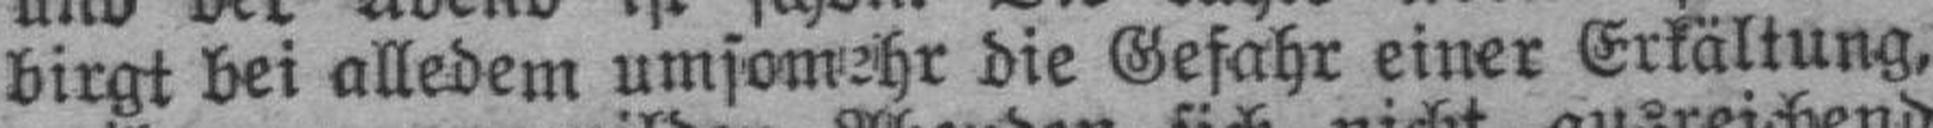
birgt bei alledem umsomehr die Gefahr einer Erkältung,